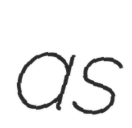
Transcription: as